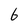
Character: 6